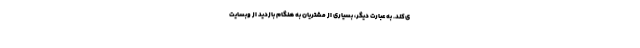
ی‌کند. به عبارت دیگر، بسیاری از مشتریان به هنگام بازدید از وبسایت